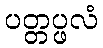
ပတ္တပ္ဖလံ